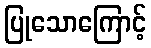
ပြုသောကြောင့်